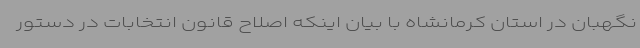
نگهبان در استان کرمانشاه با بیان اینکه اصلاح قانون انتخابات در دستور